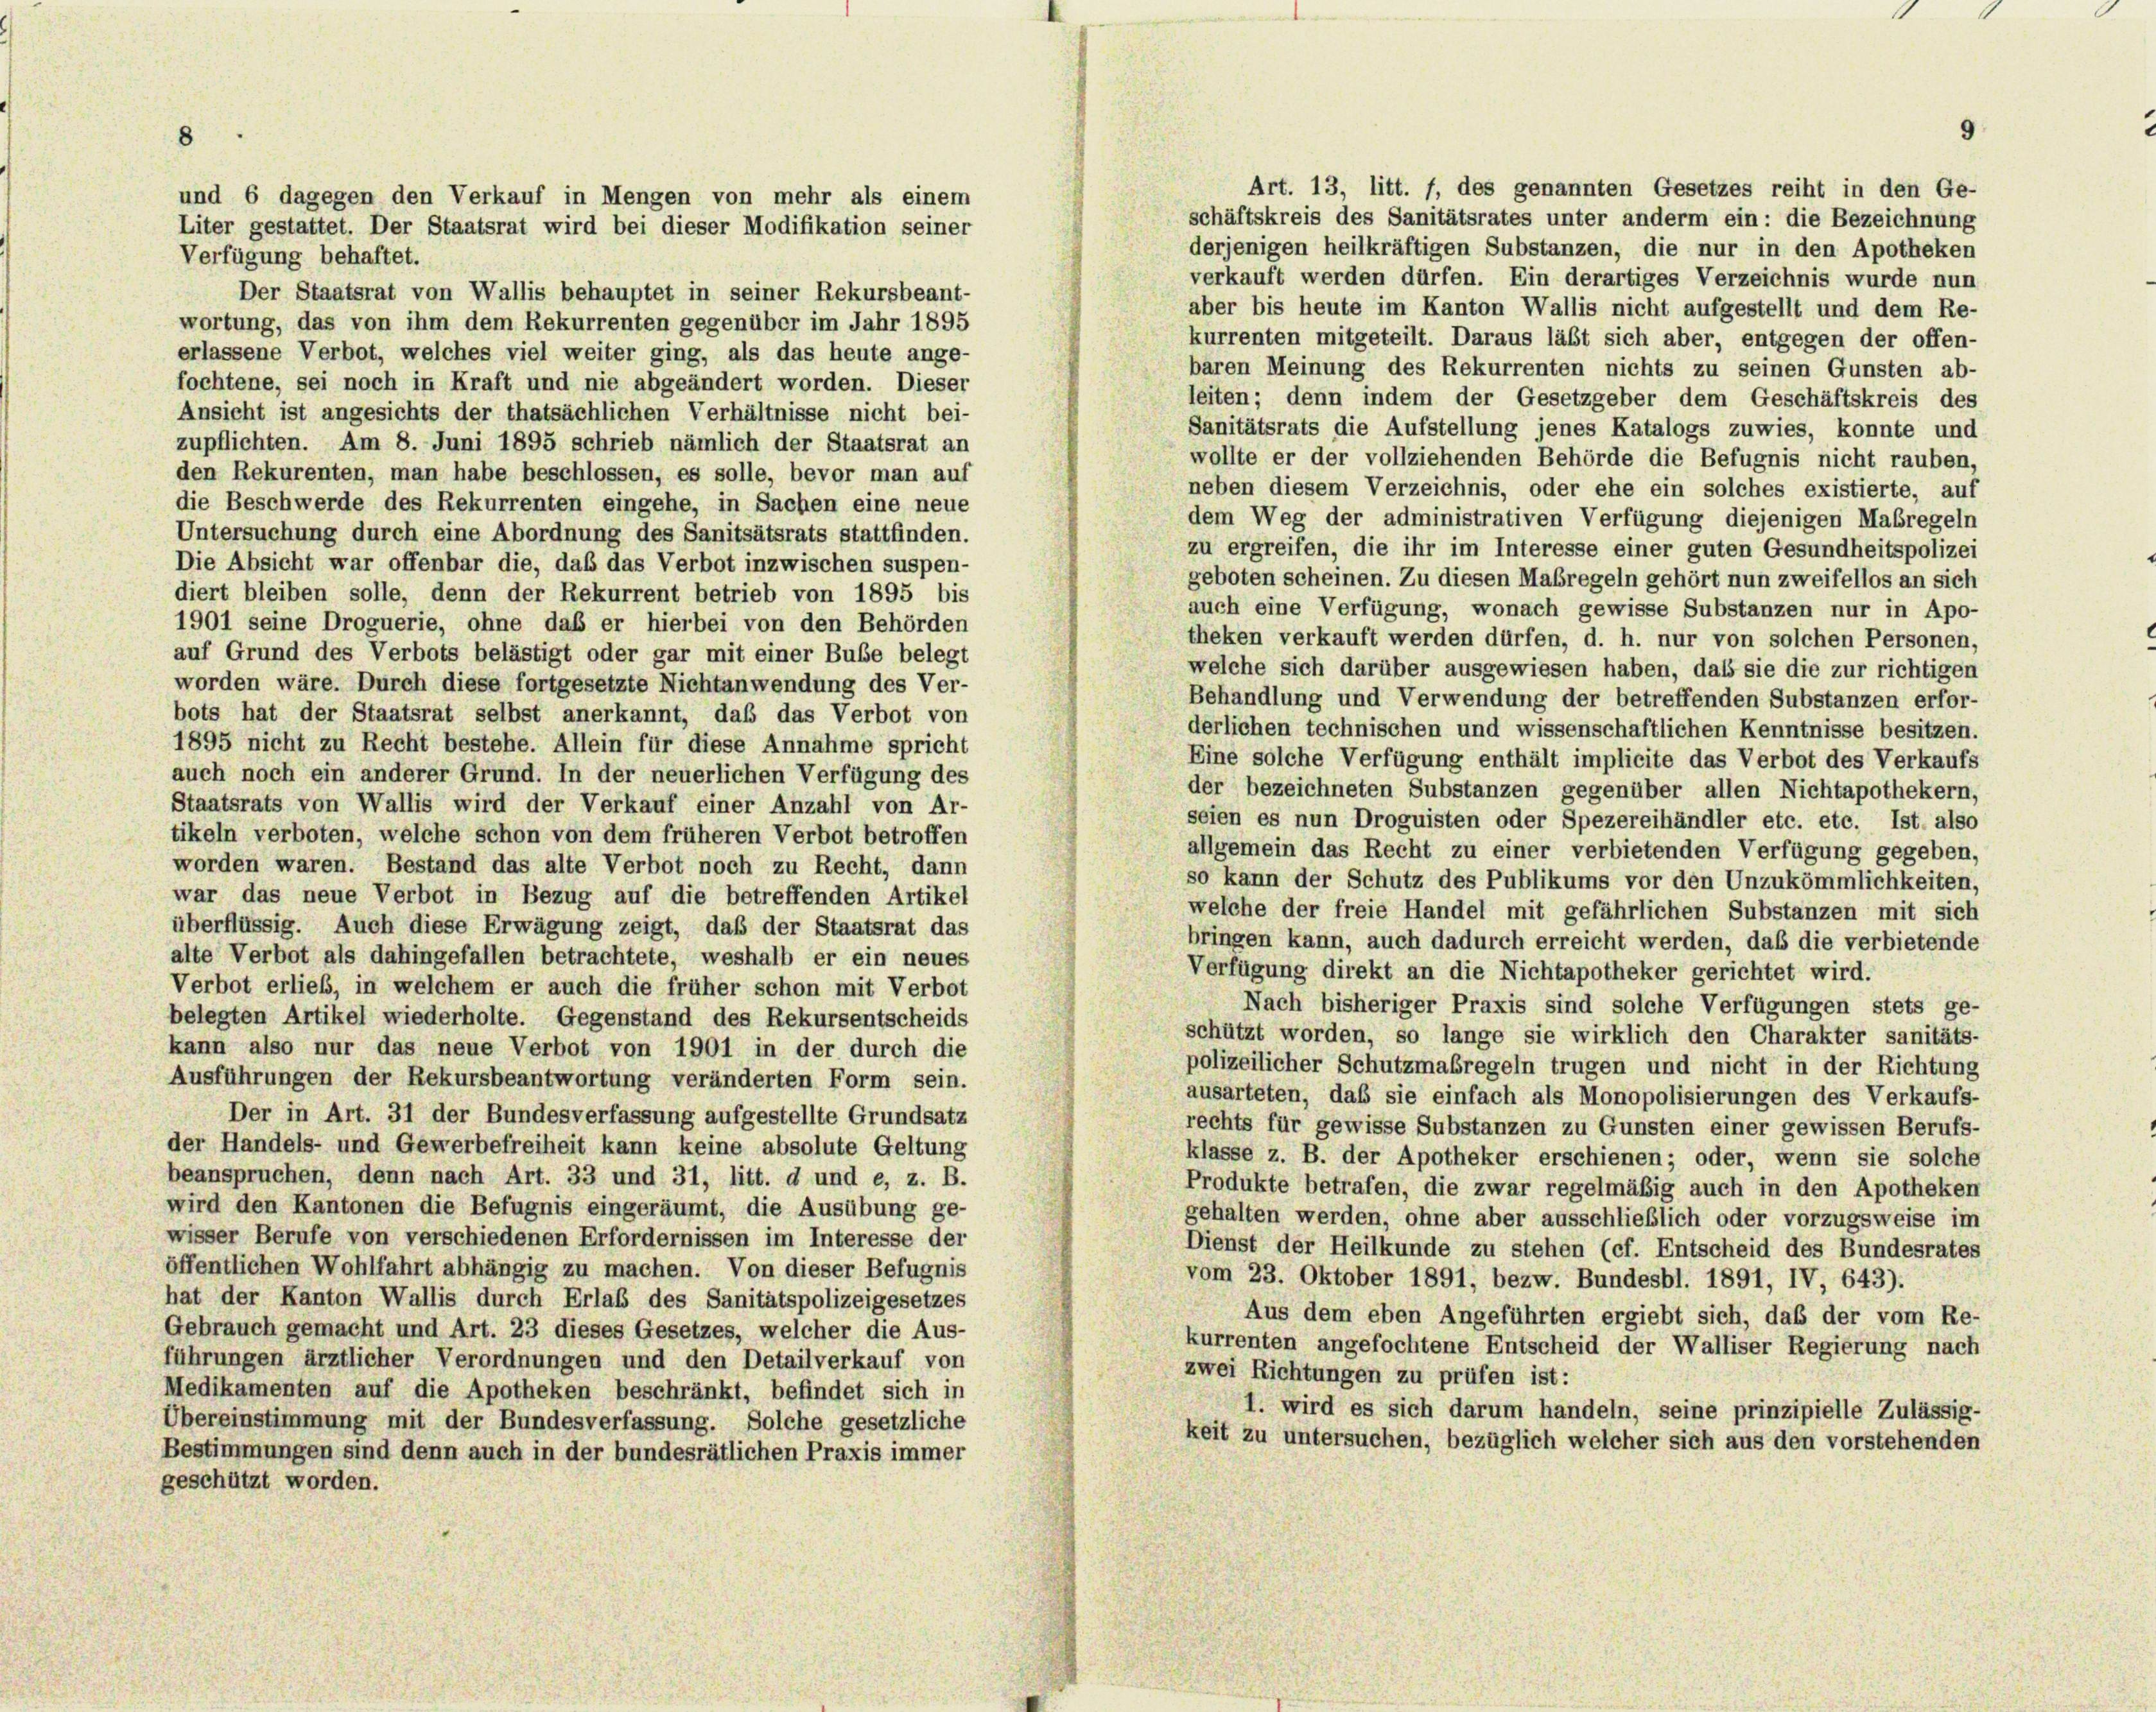
Art. 13, litt. f, des genannten Gesetzes reiht in den Ge-
schäftskreis des Sanitätsrates unter anderm ein: die Bezeichnung
derjenigen heilkräftigen Substanzen, die nur in den Apotheken
Verfügung behaftet.
verkauft werden dürfen. Ein derartiges Verzeichnis wurde nun
aber bis heute im Kanton Wallis nicht aufgestellt und dem Re-
wortung, das von ihm dem Rekurrenten gegenüber im Jahr 1895
kurrenten mitgeteilt. Daraus läßt sich aber, entgegen der offen-
erlassene Verbot, welches viel weiter ging, als das heute ange-
baren Meinung des Rekurrenten nichts zu seinen Gunsten ab-
fochtene, sei noch in Kraft und nie abgeändert worden. Dieser
leiten; denn indem der Gesetzgeber dem Geschäftskreis des
Ansicht ist angesichts der thatsächlichen Verhältnisse nicht bei-
Sanitätsrats die Aufstellung jenes Katalogs zuwies, konnte und
zupflichten. Am 8. Juni 1895 schrieb nämlich der Staatsrat an
wollte er der vollziehenden Behörde die Befugnis nicht rauben,
den Rekurenten, man habe beschlossen, es solle, bevor man auf
neben diesem Verzeichnis, oder ehe ein solches existierte, auf
die Beschwerde des Rekurrenten eingehe, in Sachen eine neue
dem Weg der administrativen Verfügung diejenigen Maßregeln
Untersuchung durch eine Abordnung des Sanitsätsrats stattfinden.
zu ergreifen, die ihr im Interesse einer guten Gesundheitspolizei
Die Absicht war offenbar die, daß das Verbot inzwischen suspen-
geboten scheinen. Zu diesen Maßregeln gehört nun zweifellos an sich
diert bleiben solle, denn der Rekurrent betrieb von 1895 bis
auch eine Verfügung, wonach gewisse Substanzen nur in Apo-
1901 seine Droguerie, ohne daß er hierbei von den Behörden
theken verkauft werden dürfen, d. h. nur von solchen Personen
auf Grund des Verbots belästigt oder gar mit einer Bube belegt
welche sich darüber ausgewiesen haben, daß sie die zur richtigen
worden wäre. Durch diese fortgesetzte Nichtanwendung des Ver-
Behandlung und Verwendung der betreffenden Substanzen erfor-
bots hat der Staatsrat selbst anerkannt, daß das Verbot von
derlichen technischen und wissenschaftlichen Kenntnisse besitzen.
1895 nicht zu Recht bestehe. Allein für diese Annahme spricht
Eine solche Verfügung enthält implicite das Verbot des Verkaufs
auch noch ein anderer Grund. In der neuerlichen Verfügung des
der bezeichneten Substanzen gegenüber allen Nichtapothekern,
Staatsrats von Wallis wird der Verkauf einer Anzahl von Ar-
seien es nun Droguisten oder Spezereihändler etc. etc. Ist also
tikeln verboten, welche schon von dem früheren Verbot betroffen
allgemein das Recht zu einer verbietenden Verfügung gegeben.
worden waren. Bestand das alte Verbot noch zu Recht, dann
so kann der Schutz des Publikums vor den Unzukömmlichkeiten,
war das neue Verbot in Bezug auf die betreffenden Artikel
welche der freie Handel mit gefährlichen Substanzen mit sich
überflüssig. Auch diese Erwägung zeigt, daß der Staatsrat das
bringen kann, auch dadurch erreicht werden, daß die verbietende
alte Verbot als dahingefallen betrachtete, weshalb er ein neues
Verfügung direkt an die Nichtapotheker gerichtet wird.
Verbot erlieb, in welchem er auch die früher schon mit Verbot
Nach bisheriger Praxis sind solche Verfügungen stets ge-
belegten Artikel wiederholte. Gegenstand des Rekursentscheids
schützt worden, so lange sie wirklich den Charakter sanitäts-
kann also nur das neue Verbot von 1901 in der durch die
polizeilicher Schutzmaßregeln trugen und nicht in der Richtung
Ausführungen der Rekursbeantwortung veränderten Form sein.
ausarteten, daß sie einfach als Monopolisierungen des Verkaufs-
Der in Art. 31 der Bundesverfassung aufgestellte Grundsatz
rechts für gewisse Substanzen zu Gunsten einer gewissen Berufs
der Handels- und Gewerbefreiheit kann keine absolute Geltung
klasse z. B. der Apotheker erschienen; oder, wenn sie solche
beanspruchen, denn nach Art. 33 und 31, litt. d und e, z. B.
Produkte betrafen, die zwar regelmäßig auch in den Apotheken
wird den Kantonen die Befugnis eingeräumt, die Ausübung ge-
gehalten werden, ohne aber ausschließlich oder vorzugsweise im
wisser Berufe von verschiedenen Erfordernissen im Interesse der
Dienst der Heilkunde zu stehen (cf. Entscheid des Bundesrates
öffentlichen Wohlfahrt abhängig zu machen. Von dieser Befugnis
vom 23. Oktober 1891, bezw. Bundesbl. 1891, IV, 643).
hat der Kanton Wallis durch Erlaß des Sanitätspolizeigesetzes
Aus dem eben Angeführten ergiebt sich, daß der vom Re-
Gebrauch gemacht und Art. 23 dieses Gesetzes, welcher die Aus-
kurrenten angefochtene Entscheid der Walliser Regierung nach
führungen ärztlicher Verordnungen und den Detailverkauf von
zwei Richtungen zu prüfen ist:
Medikamenten auf die Apotheken beschränkt, befindet sich in
1. wird es sich darum handeln, seine prinzipielle Zulässig-
Übereinstimmung mit der Bundesverfassung. Solche gesetzliche
keit zu untersuchen, bezüglich welcher sich aus den vorstehenden
Bestimmungen sind denn auch in der bundesrätlichen Praxis immer
geschützt worden.

und 6 dagegen den Verkauf in Mengen von mehr als einem
Liter gestattet. Der Staatsrat wird bei dieser Modifikation seiner

Der Staatsrat von Wallis behauptet in seiner Rekursbeant-